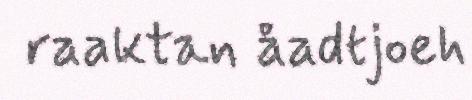
raaktan åadtjoeh